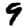
Digit: 9